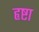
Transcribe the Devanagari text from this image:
हृष्टा